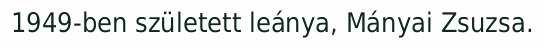
1949-ben született leánya, Mányai Zsuzsa.